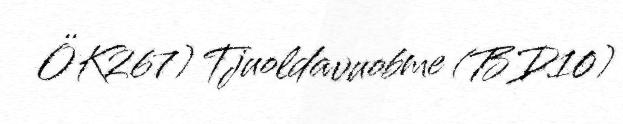
ÖK267) Tjuoldavuobme (BD10)